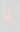
يا